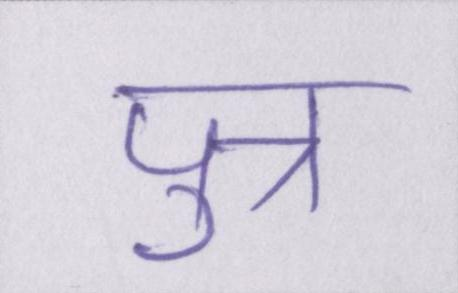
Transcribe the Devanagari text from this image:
पुत्र